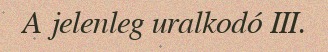
A jelenleg uralkodó III.